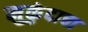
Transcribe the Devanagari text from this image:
मुकुंदाचा